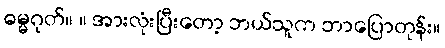
ဓမ္မဂုတ်။ ။ အားလုံးပြီးတော့ ဘယ်သူက ဘာပြောတုန်း။